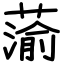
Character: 蕍